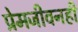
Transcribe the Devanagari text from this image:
प्रेमजीवनही